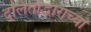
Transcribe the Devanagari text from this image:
दलितोद्धाराच्या